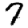
Digit: 7